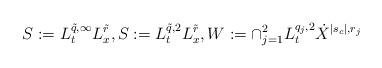
LaTeX: \begin{align*} S^{} := L_t^{\tilde q,\infty} L_x^{\tilde r},S:= L_t^{\tilde q,2} L_x^{\tilde r}, W := \cap_{j=1}^2 L_t^{q_j,2}\dot X^{|s_c|,r_j}\end{align*}